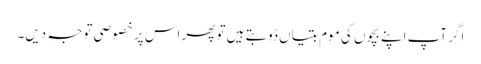
اگر آپ اپنے بچوں کی موم بتیاں ڈوبتے ہیں تو پھر اس پر خصوصی توجہ دیں۔